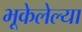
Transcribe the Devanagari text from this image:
भूकेलेल्या